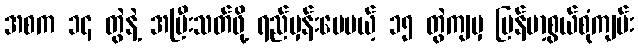
အစက ၁၄ တွဲနဲ့ အပြီးသတ်ဖို့ ရည်မှန်းပေမယ့် ၁၅ တွဲကျမှ မြန်မာ့စွယ်စုံကျမ်း